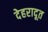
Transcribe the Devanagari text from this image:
देहरादूत